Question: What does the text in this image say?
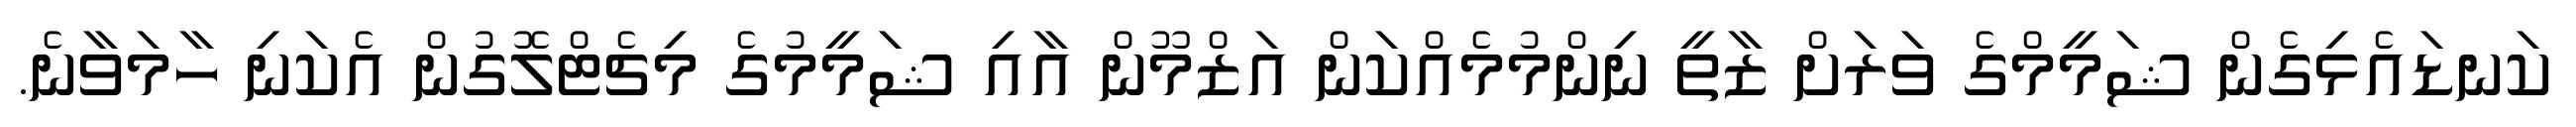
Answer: ކަނޑައެޅިގެން ޝަމީމްގެ ވަރަށް ޒާތީ ނިންމުމެއްކަން އަޒްމޫން އާއި ޝަމީމުގެ މިޗެޓްލޮގުން އެކަނި ހާމަވާނެ.